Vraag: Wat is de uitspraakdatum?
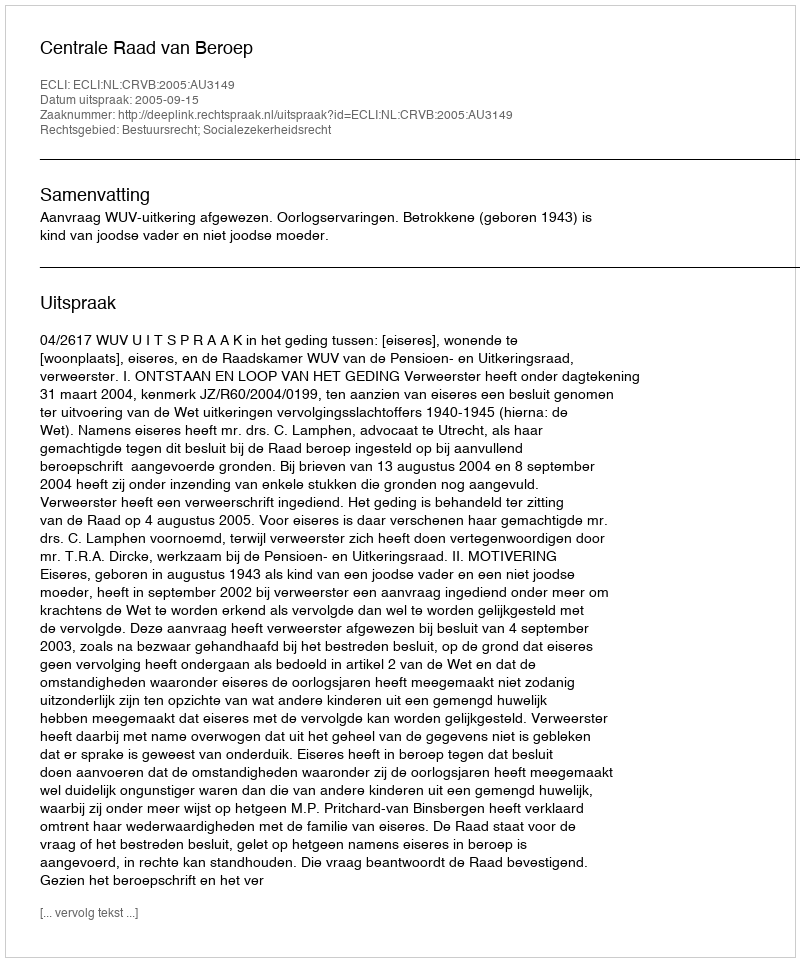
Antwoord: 2005-09-15